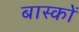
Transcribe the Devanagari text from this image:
बास्कों